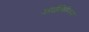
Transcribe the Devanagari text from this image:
आईबिरियन